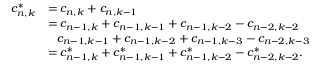
\begin{array} { r l } { c _ { n , k } ^ { * } } & { = c _ { n , k } + c _ { n , k - 1 } } \\ & { = c _ { n - 1 , k } + c _ { n - 1 , k - 1 } + c _ { n - 1 , k - 2 } - c _ { n - 2 , k - 2 } } \\ & { \phantom { = } c _ { n - 1 , k - 1 } + c _ { n - 1 , k - 2 } + c _ { n - 1 , k - 3 } - c _ { n - 2 , k - 3 } } \\ & { = c _ { n - 1 , k } ^ { * } + c _ { n - 1 , k - 1 } ^ { * } + c _ { n - 1 , k - 2 } ^ { * } - c _ { n - 2 , k - 2 } ^ { * } . } \end{array}